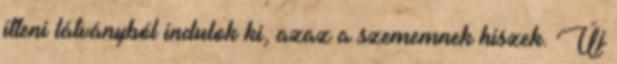
itteni látványból indulok ki, azaz a szememnek hiszek. Új